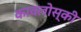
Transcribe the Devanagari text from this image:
कावलोस्की